Calcutta medical institutions reports 1871-78
Year: 1871
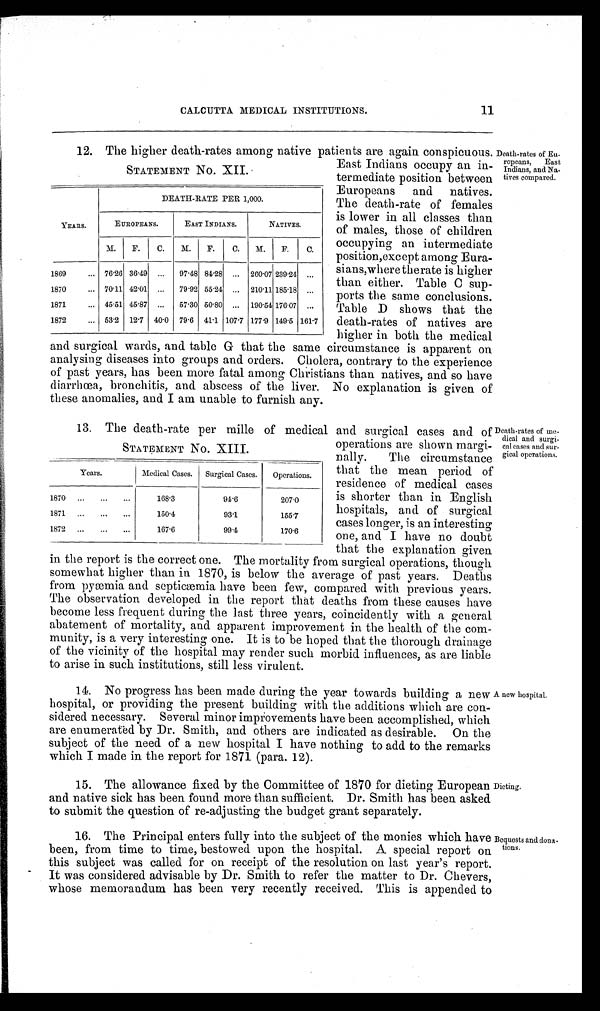
CALCUTTA MEDICAL INSTITUTIONS.
11
12. The higher death-rates among native patients are again conspicuous. Death-rates of Eu-
ropeans, East
Indians, and Na-
tives compared.
STATEMENT No. XII.
YEARS.
DEATH-RATE PER 1,000.
EUROPEANS.
EAST INDIANS.
NATIVES.
M.
F.
C.
M.
F.
C.
M.
F.
C.
1869
... 76'26 36 .49 „' 97 .48 84 '28 ... 260 .07 239 '24 ...
1870
... 70'11 42 .01 ... 79 .92 55.24 ... 210 .11 185 .18 ...
1871
... 45 .51 45 .87 ... 57 .30 50'80 ... 190 .54 176'07 ...
1872
... 53 .2 12'7 40. 0 79 .6 41 .1 107'7 177 .9 149 .5 161'7
East Indians occupy an in-
termediate position between
Europeans and natives.
The death-rate of females
is lower in all classes than
of males, those of children
occupying an intermediate
position,except among Eura-
sians,where therate is higher
than either. Table C sup-
ports the same conclusions.
Table D shows that the
death-rates of natives are
higher in both the medical
and surgical wards, and table G that the same circumstance is apparent on
analysing diseases into groups and orders. Cholera, contrary to the experience
of past years, has been more fatal among Christians than natives, and so have
diarrhoea, bronchitis, and abscess of the liver. No explanation is given of
these anomalies, and I am unable to furnish any.
13. The death-rate per mille of medical and surgical cases and of )eath-rates of me-
dical and surgi-
cal cases and sur-
gical operation,.
STATEMENT No. XIII.
Years.
Medical Cases.
Surgical Cases.
Operations.
1870
...
.'.
.'.
168.3
94.6
207.0
...
1871...
...
150.4
93.1
155.7
1872
167.6
99'4
170.6
operations are shown margi-
nally. The circumstance
that the mean period of
residence of medical cases
is shorter than in English
hospitals, and of surgical
cases longer, is an interesting
one, and I have no doubt
that the explanation given
in the report is the correct one. The mortality from surgical operations, though
somewhat higher than in 1870, is below the average of past years. Deaths
from pyæmia and septicæmia have been few, compared with previous years.
The observation developed in the report that deaths from these causes have
become less frequent during the last three years, coincidently with a general
abatement of mortality, and apparent improvement in the health of the com-
munity, is a very interesting one. It is to be hoped that the thorough drainage
of the vicinity of the hospital may render such morbid influences, as are liable
to arise in such institutions, still less virulent.
14. No progress has been made during the year towards building a new
hospital, or providing the present building with the additions which are con-
sidered necessary. Several minor improvements have been accomplished, which
are enumerated by Dr. Smith, and others are indicated as desirable. On the
subject of the need of a new hospital I have nothing to add to the remarks
which I made in the report for 1871 (para. 12).
A new hospital'
15. The allowance fixed by the Committee of 1870 for dieting European
and native sick has been found more than sufficient. Dr. Smith has been asked.
to submit the question of re-adjusting the budget grant separately.
Dieting.
16. The Principal enters fully into the subject of the monies which have
been, from time to time, bestowed upon the hospital. A special report on
this subject was called for on receipt of the resolution on last year's report.
It was considered advisable by Dr. Smith to refer the matter to Dr. Chevers,
whose memorandum has been very recently received. This is appended to
Bequests and dona-
tions.